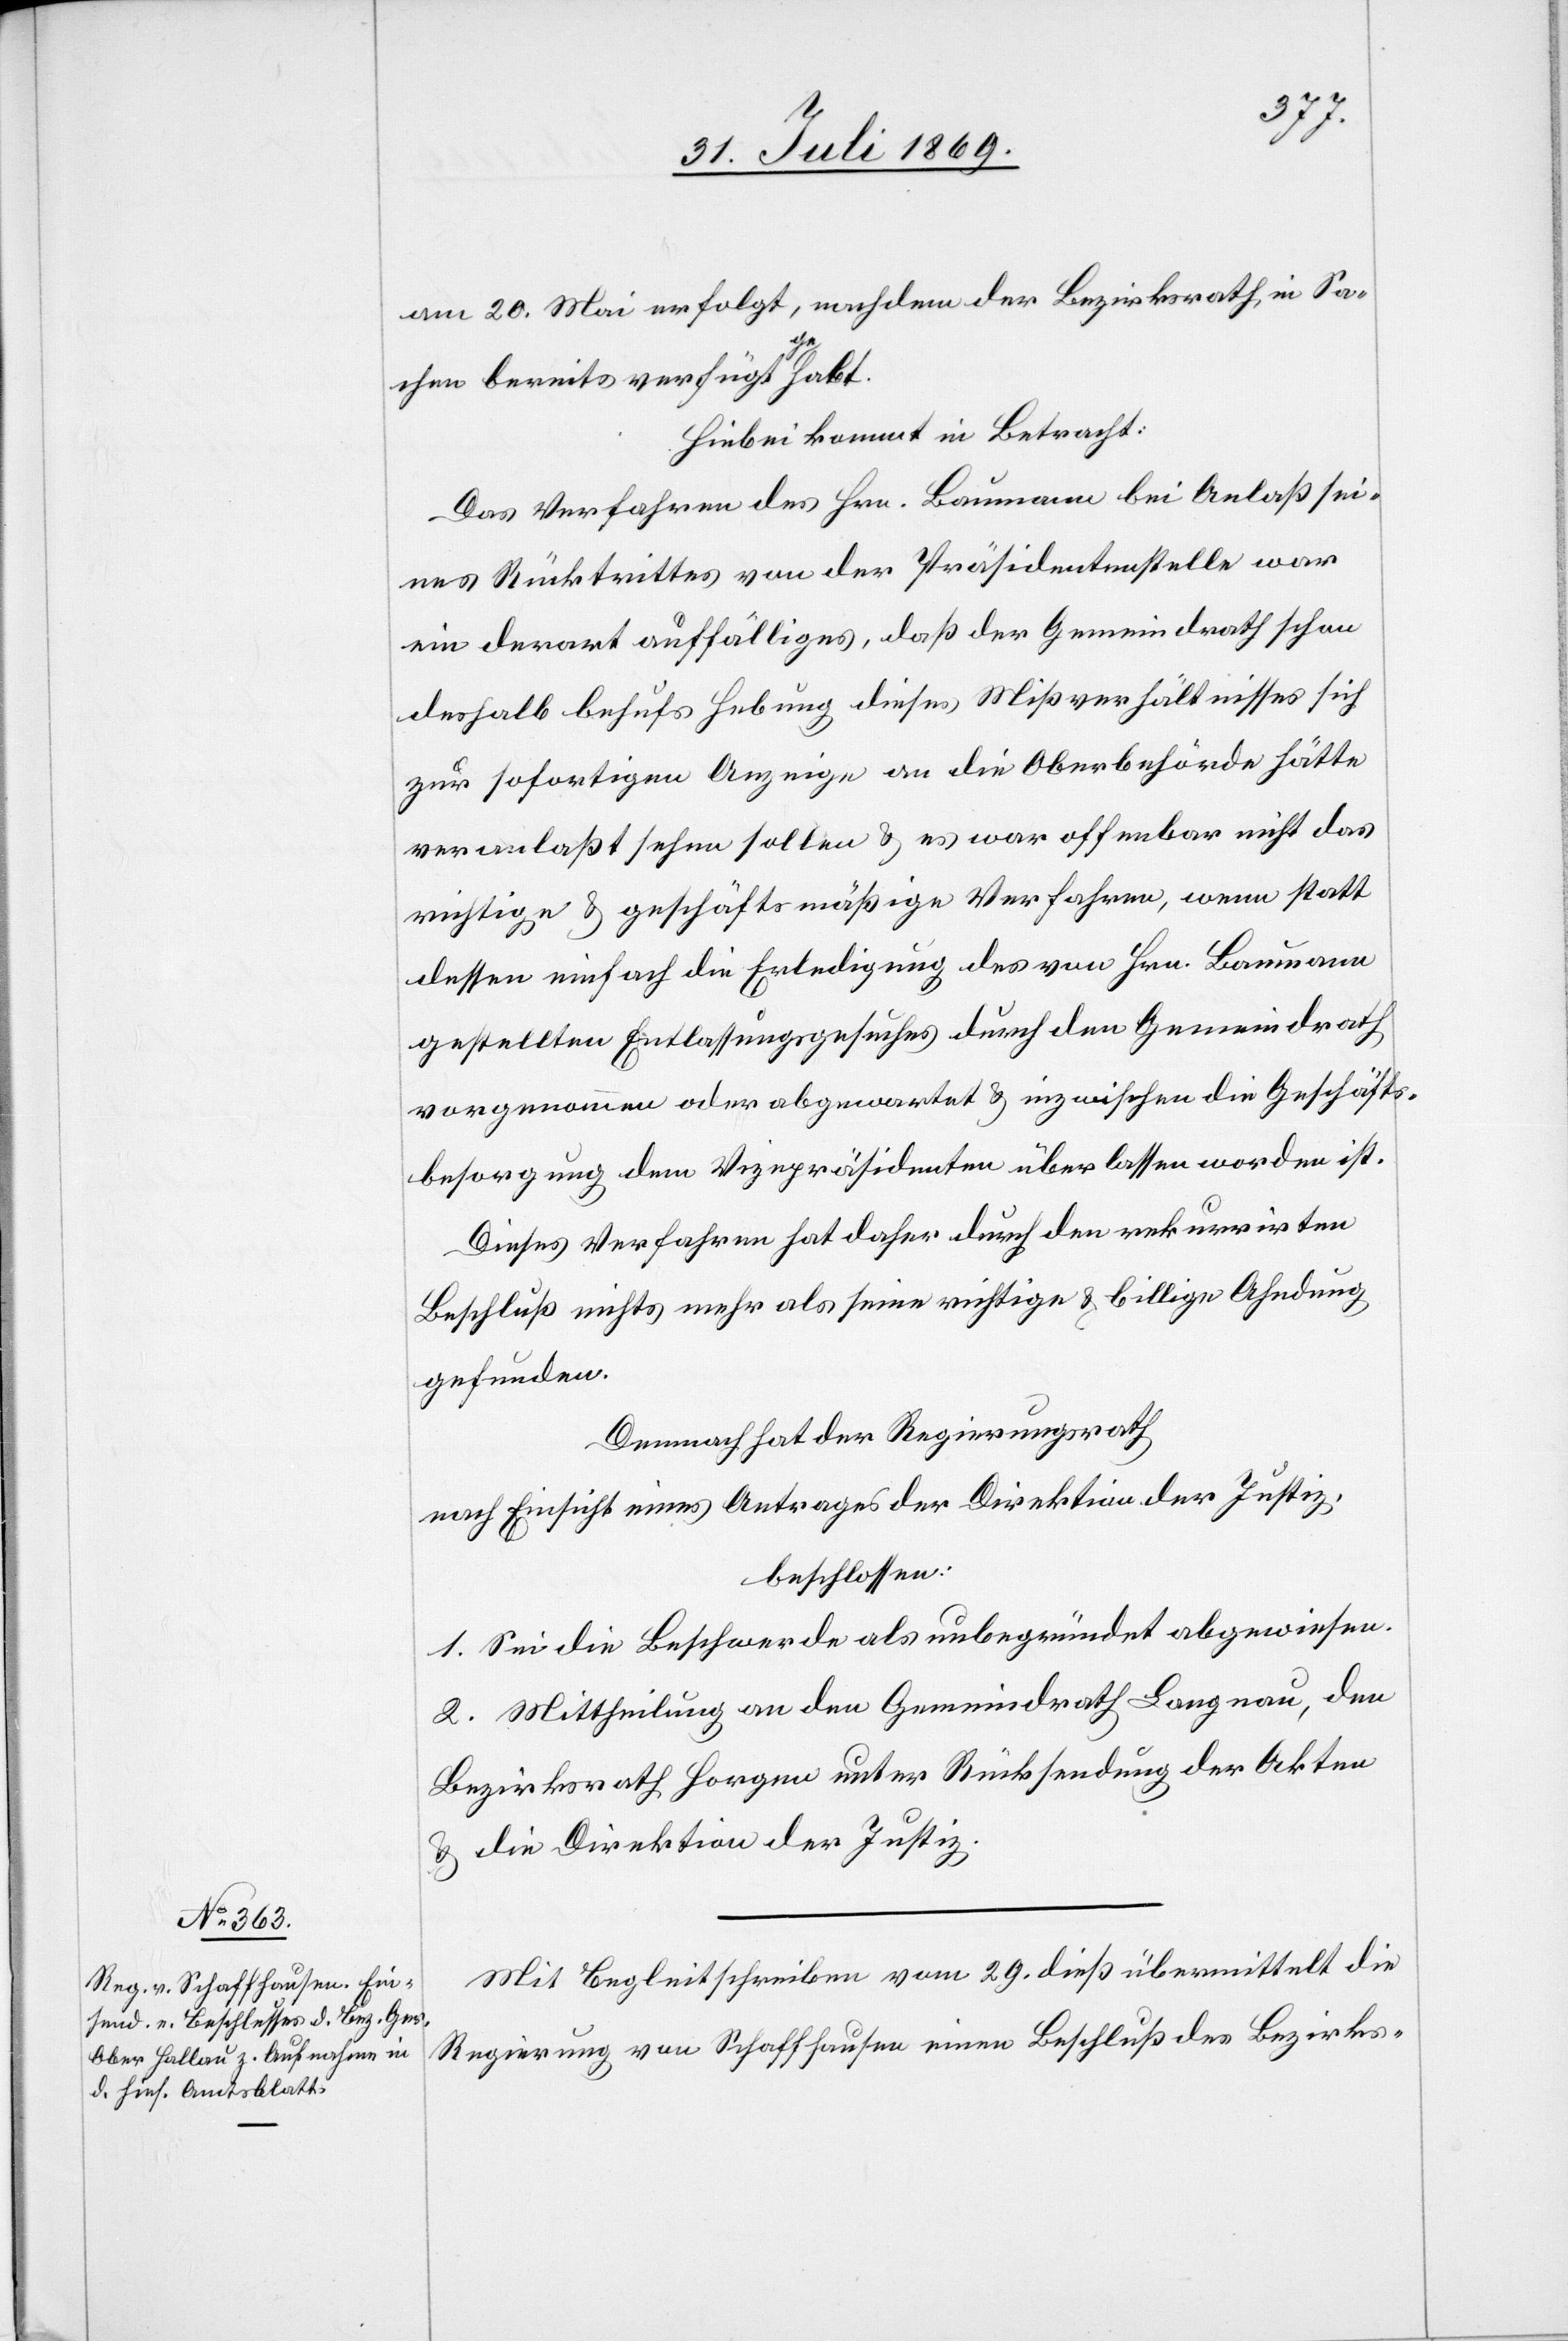
am 20. Mai erfolgt, nachdem der Bezirksrath, in Sa¬
chen bereits verfügt gehabt.
Hiebei kommt in Betracht:
Das Verfahren des Hrn. Baumann bei Anlaß sei¬
nes Rücktrittes von der Präsidentenstelle war
ein derart auffälliges, daß der Gemeindrath schon
deshalb behufs Hebung dieses Mißverhältnisses sich
zur sofortigen Anzeige an die Oberbehörde hätte
veranlaßt sehen sollen u. es war offenbar nicht das
richtige u. geschäftsmäßige Verfahren, wenn statt
dessen einfach die Erledigung des von Hrn. Baumann
gestellten Entlassungsgesuches durch den Gemeindrath
vorgenommen oder obgewartet u. inzwischen die Geschäfts¬
besorgung dem Vizepräsidenten überlassen worden ist.
Dieses Verfahren hat daher durch den rekurrirten
Beschluß nichts mehr als seine richtige u. billige Ahndung
gefunden.
Demnach hat der Regierungsrath,
nach Einsicht eines Antrages der Direktion der Justiz,
beschlossen:
1. Sei die Beschwerde als unbegründet abgewiesen.
2. Mittheilung an den Gemeindrath Langnau, den
Bezirksrath Horgen unter Rücksendung der Akten
u. die Direktion der Justiz.
Mit Begleitschreiben vom 29 dieß übermittelt die
Regierung von Schaffhausen einen Beschluß des Bezirks-